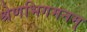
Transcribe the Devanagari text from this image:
श्रेणभिगमनम्